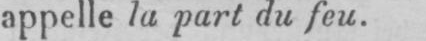
appelle la part du feu.